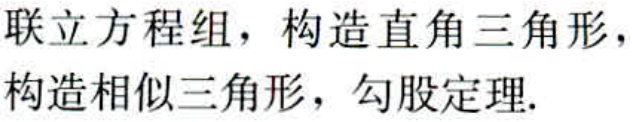
联立方程组，构造直角三角形，构造相似三角形，勾股定理.